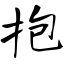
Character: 抱